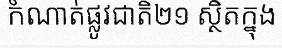
កំណាត់ផ្លូវជាតិ២១ ស្ថិតក្នុង